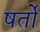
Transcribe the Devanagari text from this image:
षर्तो